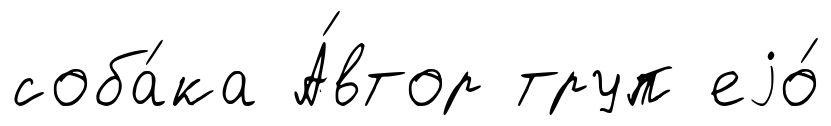
соба́ка А́втор труп еjо́